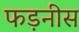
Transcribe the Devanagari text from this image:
फड़नीस